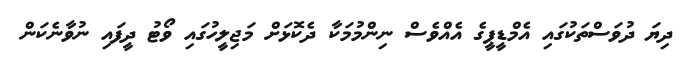
ދިޔަ ދުވަސްތަކުގައި އެމްޑީޕީގެ އެއްވެސް ނިންމުމަކާ ދެކޮޅަށް މަޖިލީހުގައި ވޯޓު ދީފައި ނުވާނެކަން